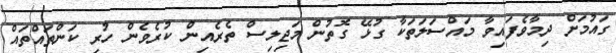
ގައުމަށް ދިމާވެފައިވާ މައްސަލަތަކާ ގުޅޭ ގޮތުން މަޖިލިސް ތެރެއިން ކުރެވެން ހުރި ކަންތައްތައް